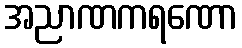
အညာဏကရဏော